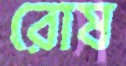
রোষ